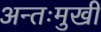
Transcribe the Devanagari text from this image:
अन्तःमुखी